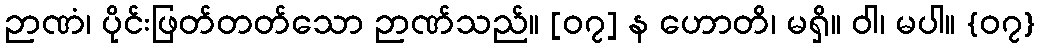
ဉာဏံ၊ ပိုင်းဖြတ်တတ်သော ဉာဏ်သည်။ [၀၇] န ဟောတိ၊ မရှိ။ ဝါ၊ မပါ။ {၀၇}